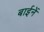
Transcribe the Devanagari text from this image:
बाईनें